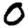
Digit: 0